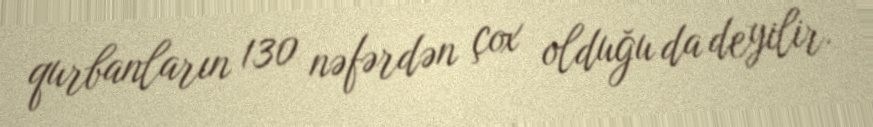
qurbanların 130 nəfərdən çox olduğu da deyilir.